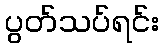
ပွတ်သပ်ရင်း